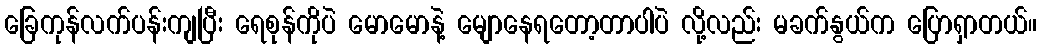
ခြေကုန်လက်ပန်းကျပြီး ရေစုန်ကိုပဲ မောမောနဲ့ မျောနေရတော့တာပါပဲ လို့လည်း မခက်နွယ်က ပြောရှာတယ်။